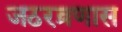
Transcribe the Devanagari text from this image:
जठरव्रणास